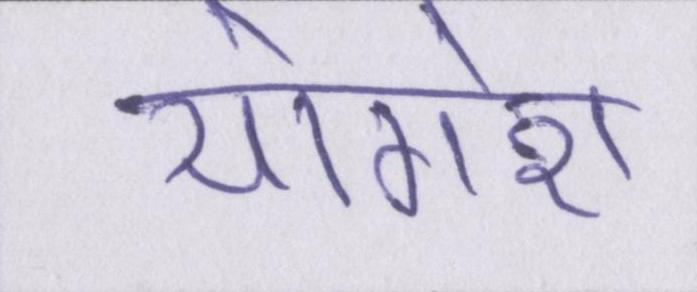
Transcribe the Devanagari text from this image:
योगेश